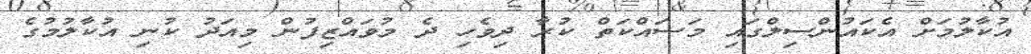
އުކާލުމަށް އެކައުންސިލްގައި މަސައްކަތް ކުރާ ދިވެހި ދެ މުވައްޒިފުން މިއަދު ކުނި އުކާލުމުގެ